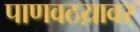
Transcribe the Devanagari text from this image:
पाणवठय़ावर